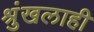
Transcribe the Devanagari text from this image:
श्रुंखलाही